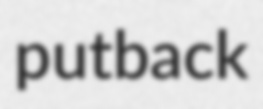
putback